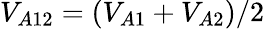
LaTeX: V_{A12}=(V_{A1}+V_{A2})/2